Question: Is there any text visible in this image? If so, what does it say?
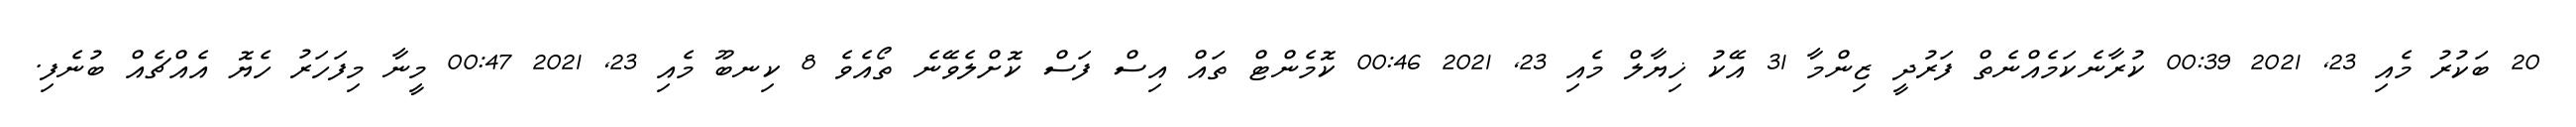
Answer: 20 ބަކުރު މެއި 23, 2021 00:39 ކުރާނެކަމެއްނެތް ފަރުދީ ޒިންމާ 31 އޭކު ޚިޔާލް މެއި 23, 2021 00:46 ކޮމެންޓް ތައް އިސް ފަސް ކޮށްލެވޭނެ ތޯއެވެ 8 ކިނބޫ މެއި 23, 2021 00:47 މީނާ މިފަހަރު ހެޔޮ އެއްޗެއް ބުނެފި.